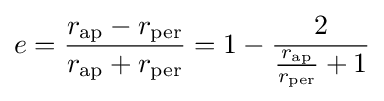
e={\frac {r_{\text{ap}}-r_{\text{per}}}{r_{\text{ap}}+r_{\text{per}}}}=1-{\frac {2}{{\frac {r_{\text{ap}}}{r_{\text{per}}}}+1}}